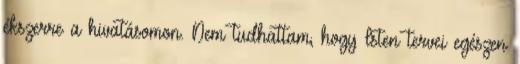
ékszerre a hivatásomon. Nem tudhattam, hogy Isten tervei egészen